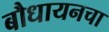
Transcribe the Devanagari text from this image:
बौधायनचा